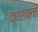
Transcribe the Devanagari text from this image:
वधशाला